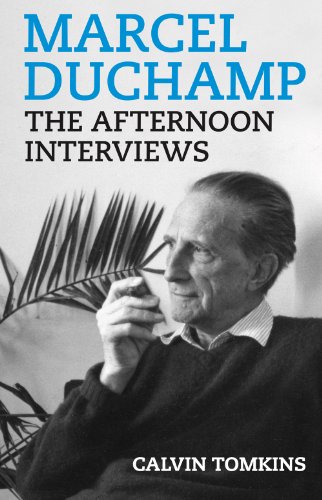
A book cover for Marcel Duchamp: The Afternoon Interviews; Calvin Tomkins; Arts & Photography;